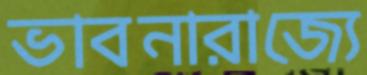
ভাবনারাজ্যে